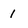
Character: 1